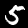
Digit: 5